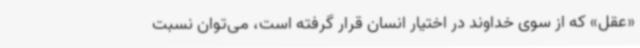
«عقل» که از سوی خداوند در اختیار انسان قرار گرفته است، می‌توان نسبت